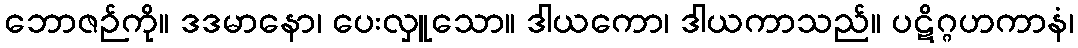
ဘောဇဉ်ကို။ ဒဒမာနော၊ ပေးလှူသော။ ဒါယကော၊ ဒါယကာသည်။ ပဋိဂ္ဂဟကာနံ၊